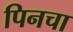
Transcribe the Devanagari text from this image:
पिनचा